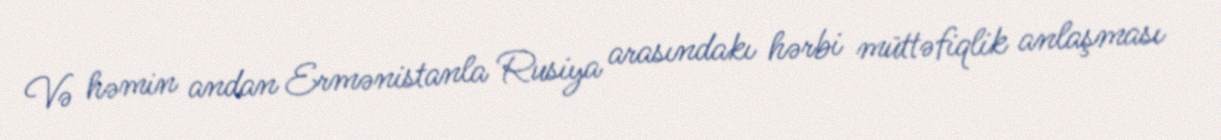
Və həmin andan Ermənistanla Rusiya arasındakı hərbi müttəfiqlik anlaşması